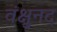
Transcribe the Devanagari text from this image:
वंक्षुनद